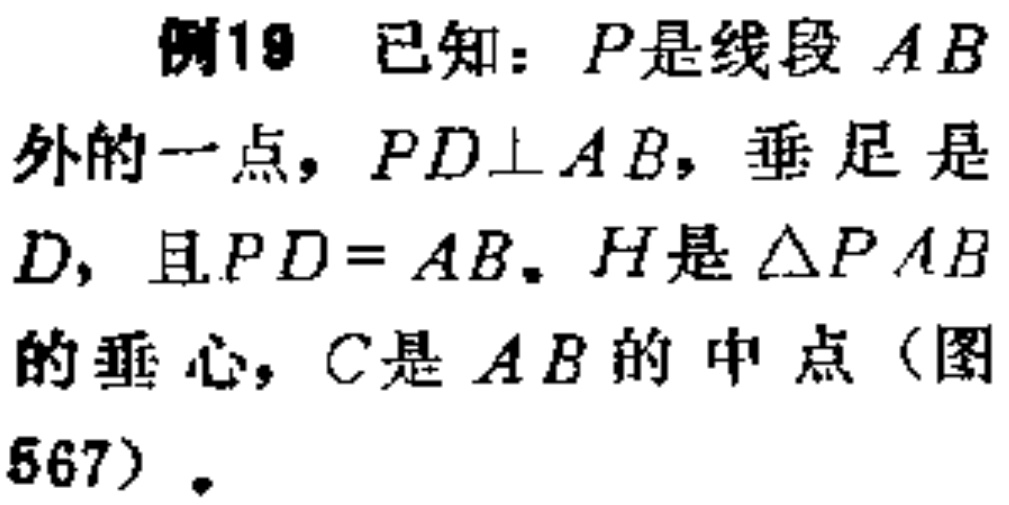
例19 已知：\(P\)是线段 \(AB\)外的一点，\(PD\perp AB\)，垂足是\(D\)，且\(PD = AB\)。\(H\)是\(\triangle PAB\)的垂心，\(C\)是 \(AB\)的中点（图567）。